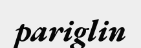
pariglin